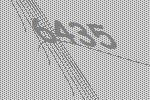
6435